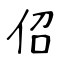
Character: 佋